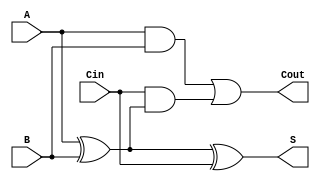
module full_adder (
    input wire A,     // First binary input
    input wire B,     // Second binary input
    input wire Cin,   // Carry-in input
    output wire S,    // Sum output
    output wire Cout   // Carry-out output
);

// Internal signals for intermediate calculations
wire A_xor_B;

// Calculate the sum output
assign A_xor_B = A ^ B; // A XOR B
assign S = A_xor_B ^ Cin; // S = (A XOR B) XOR Cin

// Calculate the carry-out output
assign Cout = (A & B) | (Cin & A_xor_B); // Cout = (A AND B) OR (Cin AND (A XOR B))

endmodule